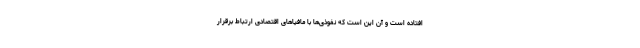
افتاده است و آن این است که نفوذی‌ها با مافیاهای اقتصادی ارتباط برقرار